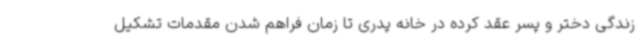
زندگی دختر و پسر عقد کرده در خانه پدری تا زمان فراهم شدن مقدمات تشکیل